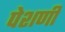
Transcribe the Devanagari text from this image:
पेशणी